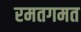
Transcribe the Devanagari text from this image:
रमतगमत